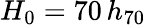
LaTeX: H_{0}=70\, h_{70}